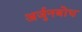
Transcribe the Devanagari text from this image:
अर्जुनबोध